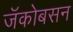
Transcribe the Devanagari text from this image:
जॅकोबसन